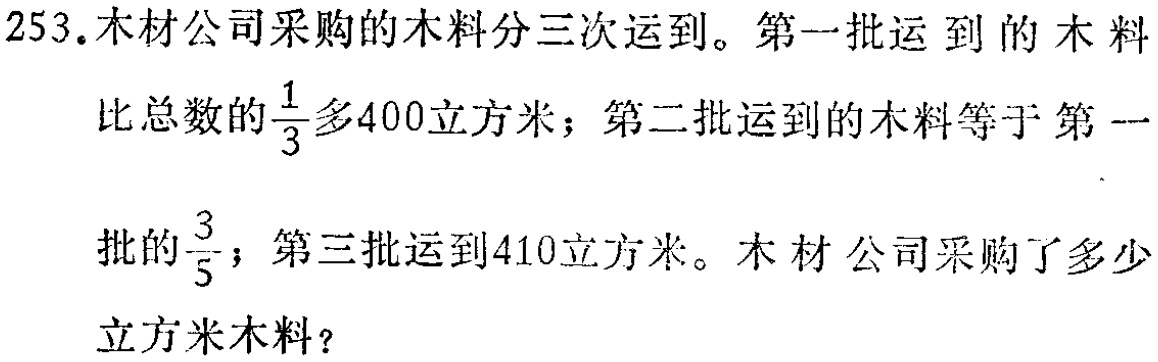
253.木材公司采购的木料分三次运到。第一批运到的木料比总数的$\frac{1}{3}$多400立方米；第二批运到的木料等于第一批的$\frac{3}{5}$；第三批运到410立方米。木材公司采购了多少立方米木料？